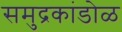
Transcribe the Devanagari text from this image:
समुद्रकांडोळ